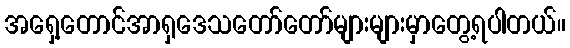
အရှေ့တောင်အာရှဒေသတော်တော်များများမှာတွေ့ရပါတယ်။